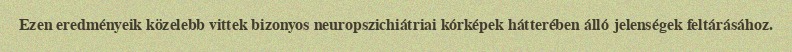
Ezen eredményeik közelebb vittek bizonyos neuropszichiátriai kórképek hátterében álló jelenségek feltárásához.